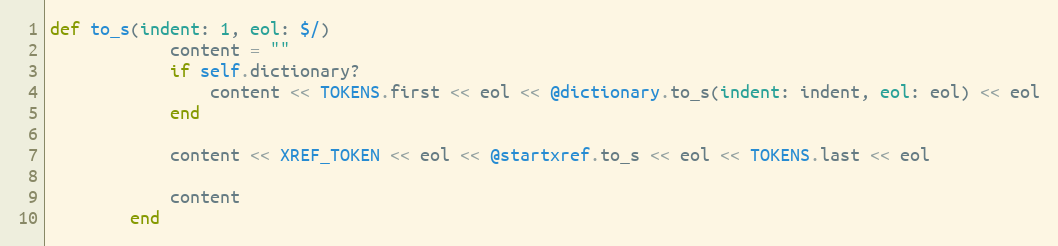
Language: Ruby
def to_s(indent: 1, eol: $/)
            content = ""
            if self.dictionary?
                content << TOKENS.first << eol << @dictionary.to_s(indent: indent, eol: eol) << eol
            end

            content << XREF_TOKEN << eol << @startxref.to_s << eol << TOKENS.last << eol

            content
        end